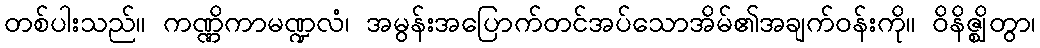
တစ်ပါးသည်။ ကဏ္ဏိကာမဏ္ဍလံ၊ အမွန်းအပြောက်တင်အပ်သောအိမ်၏အချက်ဝန်းကို။ ဝိနိဇ္ဈိတွာ၊